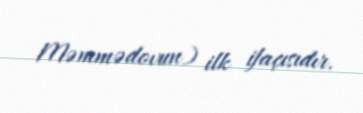
Məmmədovun) ilk ifaçısıdır.